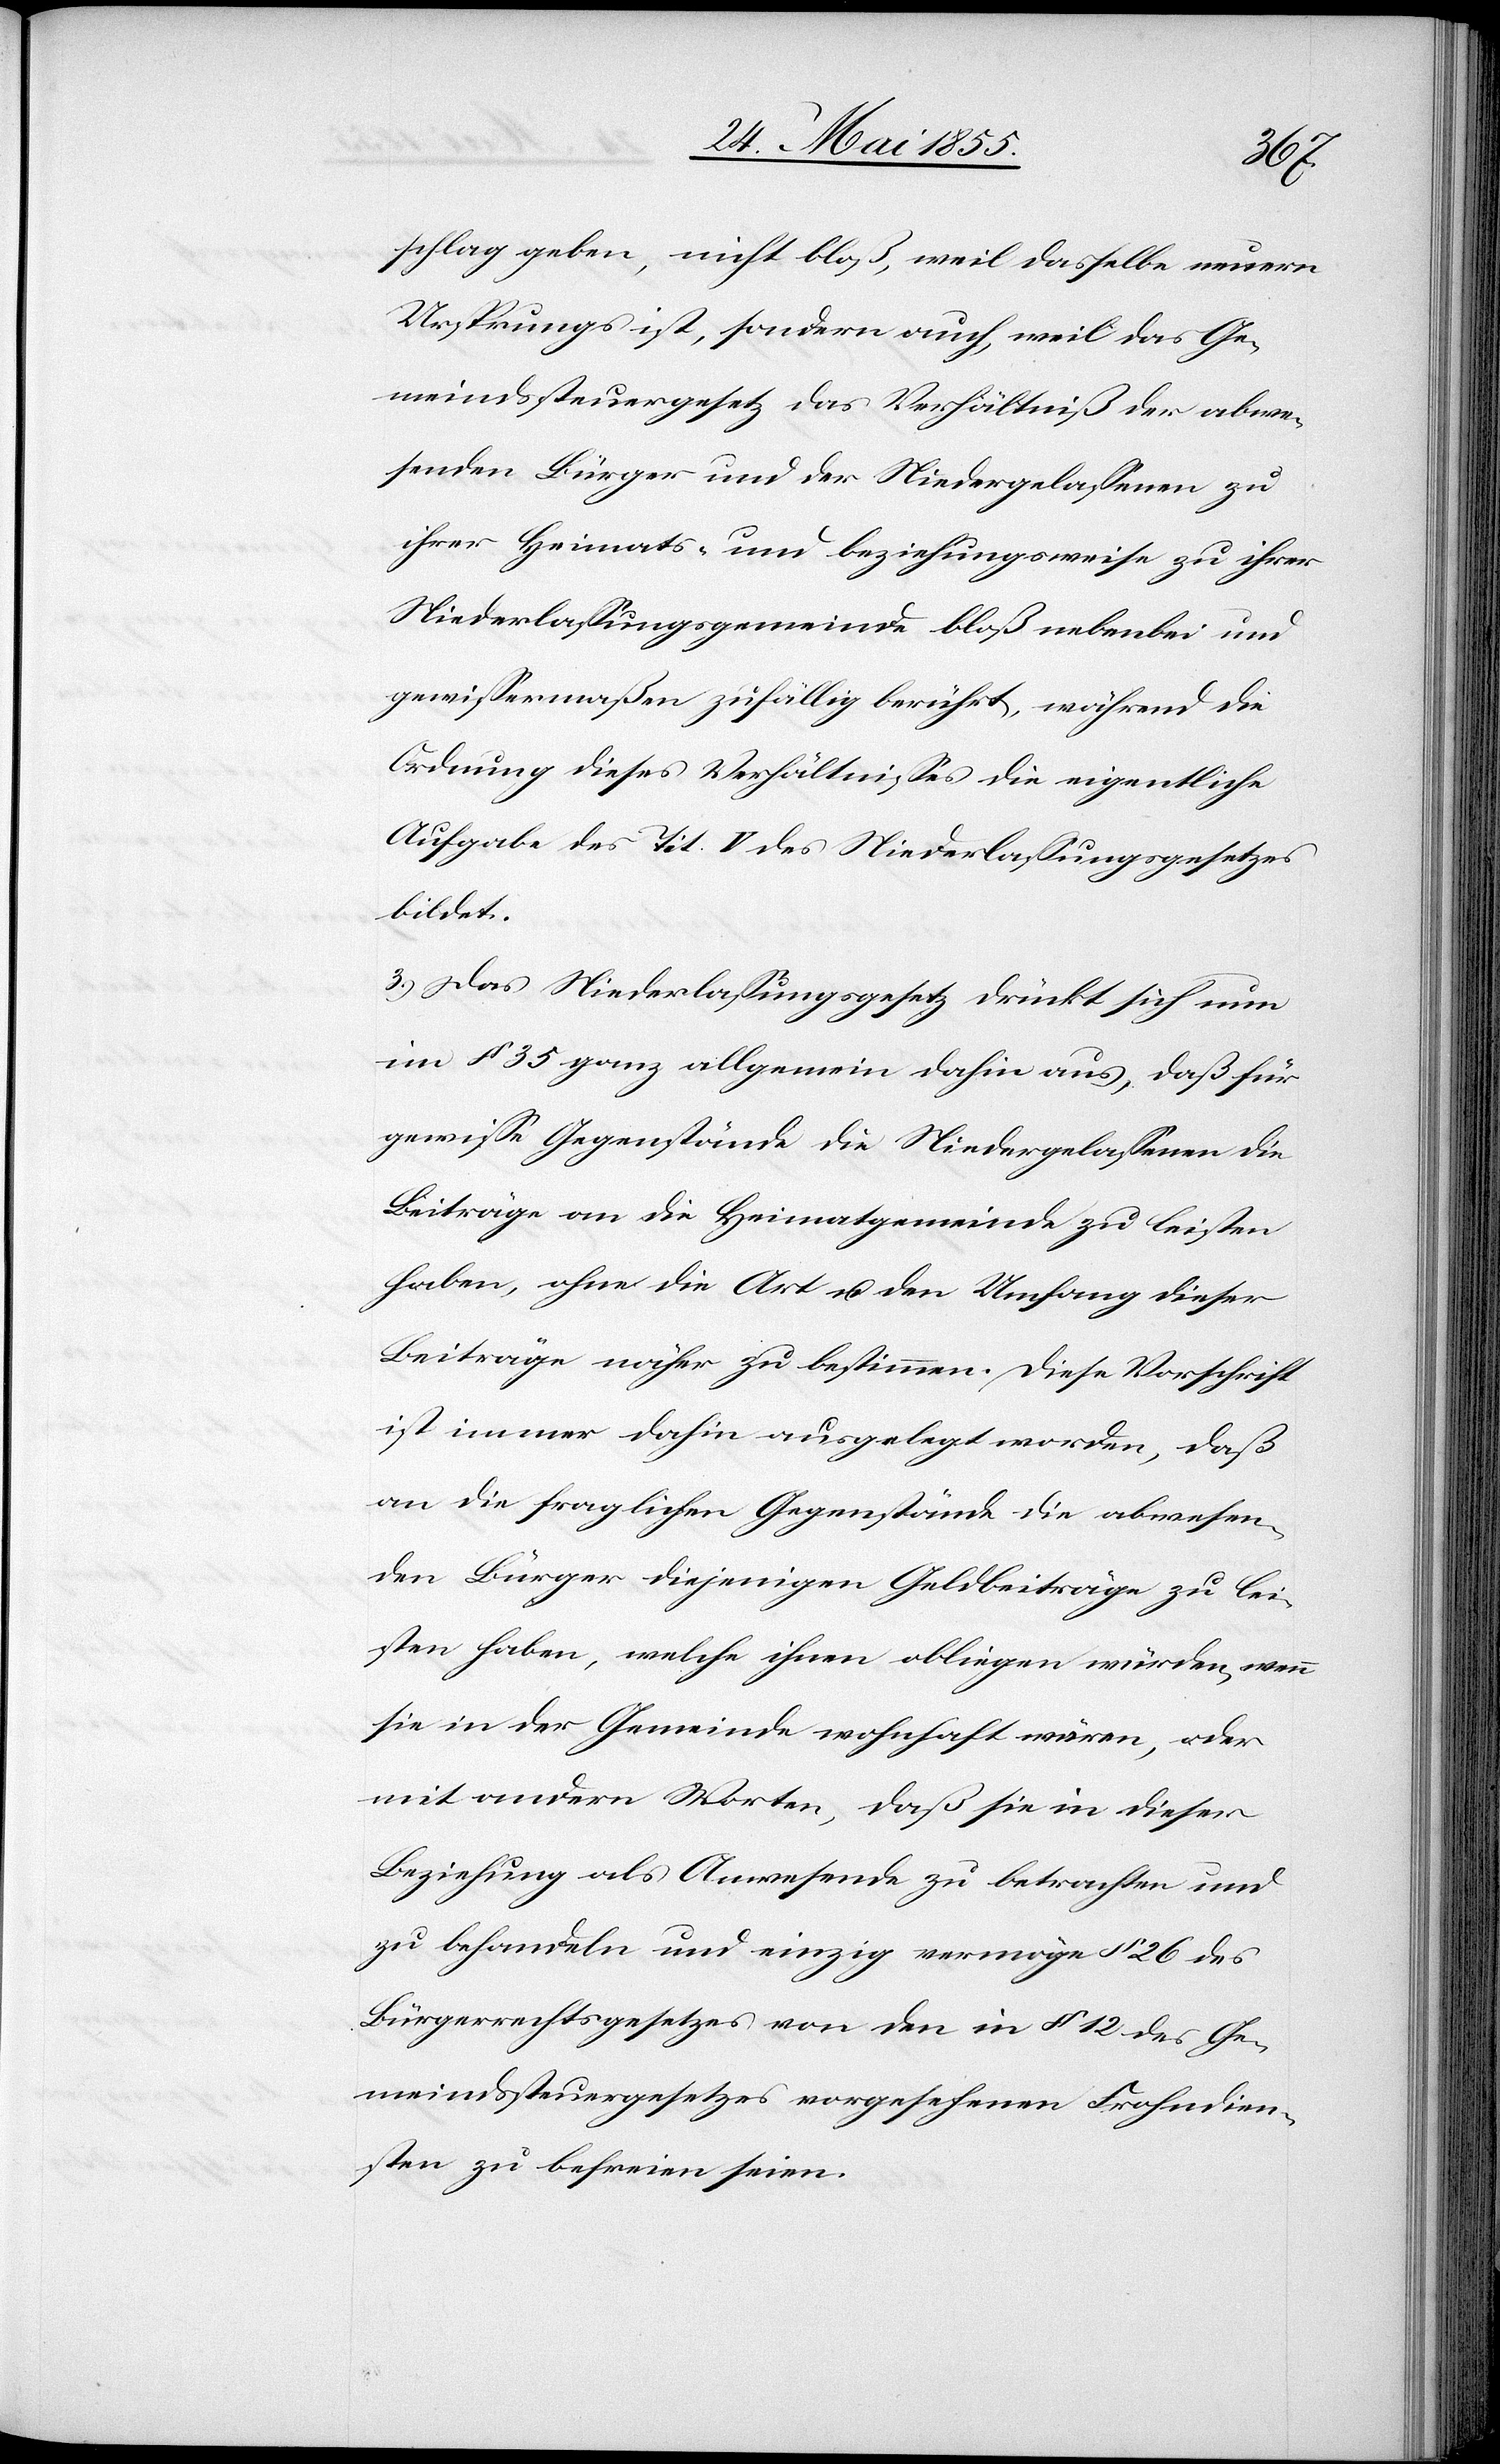
schlag geben, nicht bloß, weil dasselbe neuern
Ursprungs ist, sondern auch, weil das Ge¬
meindssteuergesetz das Verhältniß der abwe¬
senden Bürger und der Niedergelassenen zu
ihrer Heimats- und beziehungsweise zu ihrer
Niederlassungsgemeinde bloß nebenbei und
gewissermaßen zufällig berührt, während die
Ordnung dieses Verhältnisses die eigentliche
Aufgabe des Tit. V des Niederlassungsgesetzes
bildet.
3.) Das Niederlassungsgesetz drückt sich nun
im § 35 ganz allgemein dahin aus, daß für
gewisse Gegenstände die Niedergelassenen die
Beiträge an die Heimatgemeinde zu leisten
haben, ohne die Art u. den Umfang dieser
Beiträge näher zu bestimmen. Diese Vorschrift
ist immer dahin ausgelegt worden, daß
an die fraglichen Gegenstände die abwesen¬
den Bürger diejenigen Geldbeiträge zu lei¬
sten haben, welche ihnen obliegen würden, wenn
sie in der Gemeinde wohnhaft wären, oder
mit andern Worten, daß sie in dieser
Beziehung als Anwesende zu betrachten und
zu behandeln und einzig vermöge § 26 des
Bürgerrechtsgesetzes von den in § 12 des Ge¬
meindssteuergesetzes vorgesehenen Frohndien¬
sten zu befreien seien.